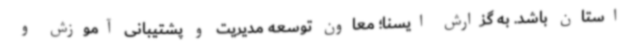
استان باشد. به گزارش ایسنا؛ معاون توسعه مدیریت و پشتیبانی آموزش و